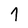
Character: 1